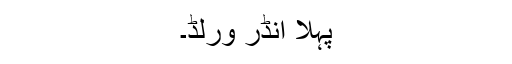
پہلا انڈر ورلڈ۔